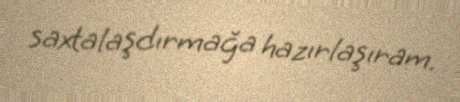
saxtalaşdırmağa hazırlaşıram.